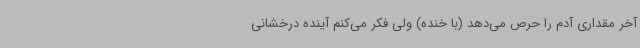
آخر مقداری آدم را حرص می‌دهد (با خنده) ولی فکر می‌کنم آینده درخشانی